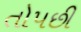
તોપછી